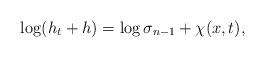
LaTeX: \begin{align*}\log(h_{t}+ h)=\log \sigma_{n-1}+\chi(x,t),\end{align*}